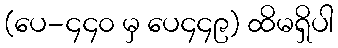
(ပေ-၄၄၀ မှ ပေ၄၄၉) ထိမရှိပါ